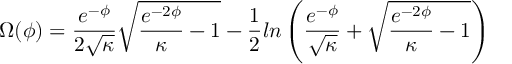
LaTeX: \Omega ( \phi ) = \frac { e ^ { - \phi } } { 2 \sqrt { \kappa } } \sqrt { \frac { e ^ { - 2 \phi } } { \kappa } - 1 } - \frac { 1 } { 2 } l n \left( \frac { e ^ { - \phi } } { \sqrt { \kappa } } + \sqrt { \frac { e ^ { - 2 \phi } } { \kappa } - 1 } \right)